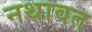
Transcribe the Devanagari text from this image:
नथावत